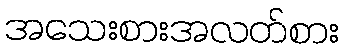
အသေးစားအလတ်စား